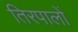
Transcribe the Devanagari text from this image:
तिरपालों